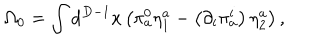
\Omega _ { 0 } = \int \mathrm { d } ^ { D - 1 } x \left( \pi _ { a } ^ { 0 } \eta _ { 1 } ^ { a } - \left( \partial _ { i } \pi _ { a } ^ { i } \right) \eta _ { 2 } ^ { a } \right) ,